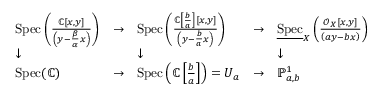
{ \begin{array} { l l l l l } { \operatorname { S p e c } \left( { \frac { \mathbb { C } [ x , y ] } { \left( y - { \frac { \beta } { \alpha } } x \right) } } \right) } & { \to } & { \operatorname { S p e c } \left( { \frac { \mathbb { C } \left[ { \frac { b } { a } } \right] [ x , y ] } { \left( y - { \frac { b } { a } } x \right) } } \right) } & { \to } & { { \underline { { \operatorname { S p e c } } } } _ { X } \left( { \frac { { \mathcal { O } } _ { X } [ x , y ] } { \left( a y - b x \right) } } \right) } \\ { \downarrow } & & { \downarrow } & & { \downarrow } \\ { \operatorname { S p e c } ( \mathbb { C } ) } & { \to } & { \operatorname { S p e c } \left( \mathbb { C } \left[ { \frac { b } { a } } \right] \right) = U _ { a } } & { \to } & { \mathbb { P } _ { a , b } ^ { 1 } } \end{array} }